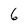
Character: 6